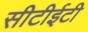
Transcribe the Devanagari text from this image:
सीटीईटी